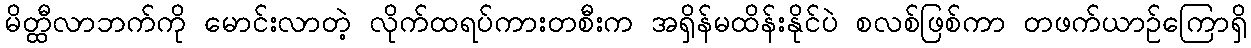
မိတ္ထီလာဘက်ကို မောင်းလာတဲ့ လိုက်ထရပ်ကားတစီးက အရှိန်မထိန်းနိုင်ပဲ စလစ်ဖြစ်ကာ တဖက်ယာဉ်ကြောရှိ